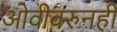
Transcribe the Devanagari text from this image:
ओवीवरुनही